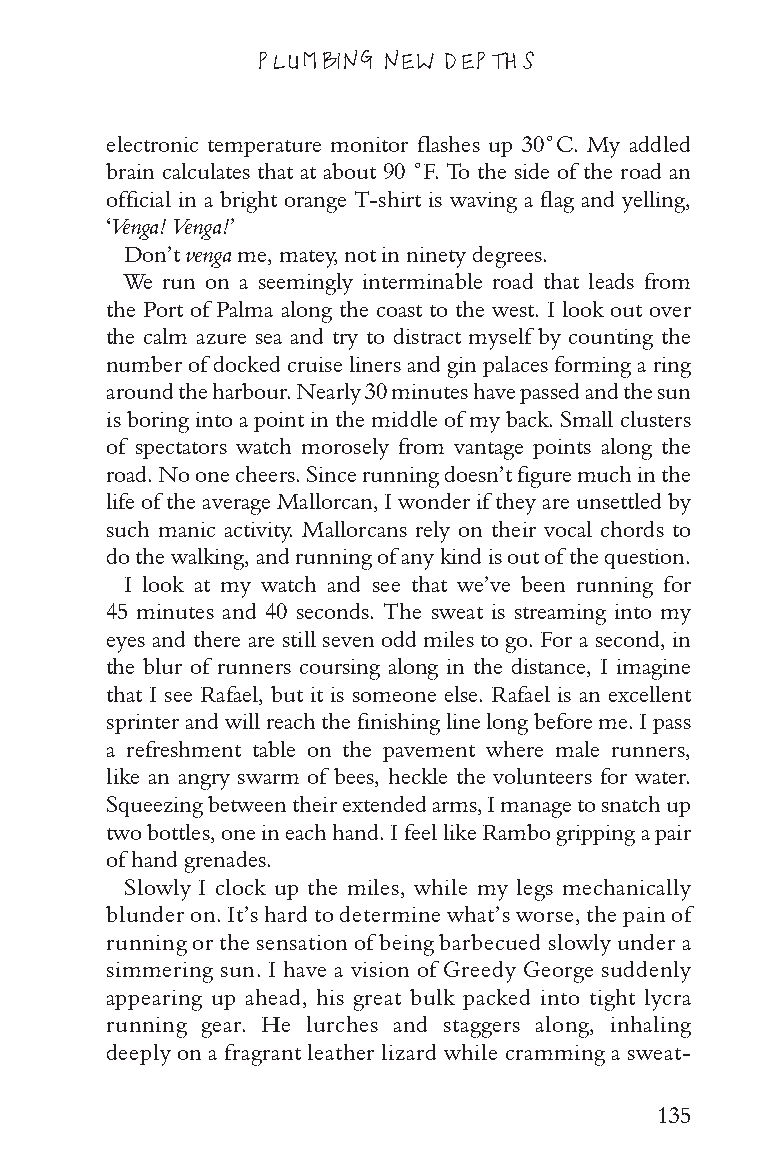
PLUMBING NEW DEPTHS
 electronic temperature monitor flashes up 30˚C. My addled
 brain calculates that at about 90 ˚F. To the side of the road an
 official in a bright orange T-shirt is waving a flag and yelling,
 ‘Venga! Venga!’
 Don’t venga me, matey, not in ninety degrees.
 We run on a seemingly interminable road that leads from
 the Port of Palma along the coast to the west. I look out over
 the calm azure sea and try to distract myself by counting the
 number of docked cruise liners and gin palaces forming a ring
 around the harbour. Nearly 30 minutes have passed and the sun
 is boring into a point in the middle of my back. Small clusters
 of spectators watch morosely from vantage points along the
 road. No one cheers. Since running doesn’t figure much in the
 life of the average Mallorcan, I wonder if they are unsettled by
 such manic activity. Mallorcans rely on their vocal chords to
 do the walking, and running of any kind is out of the question.
 I look at my watch and see that we’ve been running for
 45 minutes and 40 seconds. The sweat is streaming into my
 eyes and there are still seven odd miles to go. For a second, in
 the blur of runners coursing along in the distance, I imagine
 that I see Rafael, but it is someone else. Rafael is an excellent
 sprinter and will reach the finishing line long before me. I pass
 a refreshment table on the pavement where male runners,
 like an angry swarm of bees, heckle the volunteers for water.
 Squeezing between their extended arms, I manage to snatch up
 two bottles, one in each hand. I feel like Rambo gripping a pair
 of hand grenades.
 Slowly I clock up the miles, while my legs mechanically
 blunder on. It’s hard to determine what’s worse, the pain of
 running or the sensation of being barbecued slowly under a
 simmering sun. I have a vision of Greedy George suddenly
 appearing up ahead, his great bulk packed into tight lycra
 running gear. He lurches and staggers along, inhaling
 deeply on a fragrant leather lizard while cramming a sweat-
 135